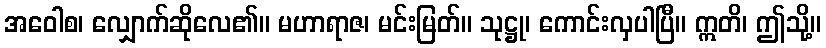
အဝေါစ၊ လျှောက်ဆိုလေ၏။ မဟာရာဇ၊ မင်းမြတ်။ သုဋ္ဌု၊ ကောင်းလှပါပြီ။ ဣတိ၊ ဤသို့။